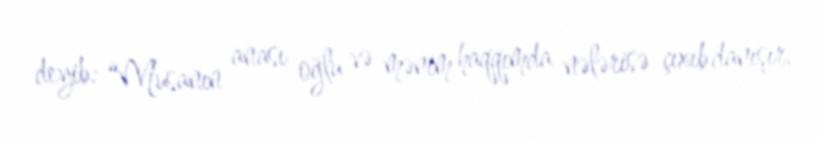
deyib: “Musanın anası oğlu və mənim haqqımda nələrisə çıxıb danışır.